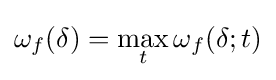
\omega _{f}(\delta )=\max _{t}\omega _{f}(\delta ;t)